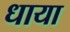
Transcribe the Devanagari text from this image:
धाया